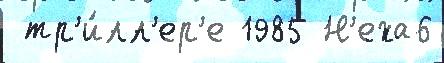
 тр'и́лл'ер'е 1985 Н'еха6